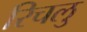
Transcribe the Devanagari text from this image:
रिचलु